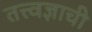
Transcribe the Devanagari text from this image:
तत्त्वज्ञाची